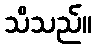
သိသည်။